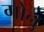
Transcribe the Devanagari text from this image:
गोनु